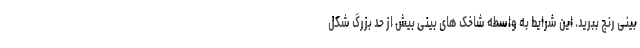
بینی رنج ببرید. این شرایط به واسطه شاخک های بینی بیش از حد بزرگ شکل